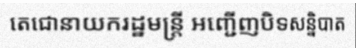
តេជោនាយករដ្ឋមន្ត្រី អញ្ជើញបិទសន្និបាត